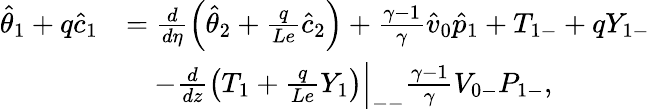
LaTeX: \begin{array}{rl}{\hat{\theta}_{1}+q\hat{c}_{1}}&{=\frac{d}{d\eta}\left(\hat{\theta}_{2}+\frac{q}{Le}\hat{c}_{2}\right)+\frac{\gamma-1}{\gamma}\hat{v}_{0}\hat{p}_{1}+{T}_{1-}+q{Y}_{1-}}\\ &{\quad-\frac{d}{dz}\left({T}_{1}+\frac{q}{Le}{Y}_{1}\right)\Big|_{--}\frac{\gamma-1}{\gamma}{V}_{0-}{P}_{1-},}\end{array}